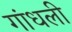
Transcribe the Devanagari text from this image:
गांधली